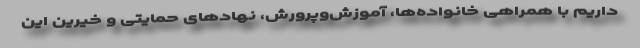
داریم با همراهی خانواده‌ها، آموزش‌وپرورش، نهادهای حمایتی و خیرین این